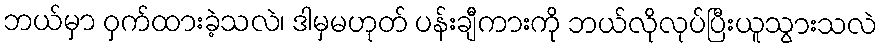
ဘယ်မှာ ဝှက်ထားခဲ့သလဲ၊ ဒါမှမဟုတ် ပန်းချီကားကို ဘယ်လိုလုပ်ပြီးယူသွားသလဲ